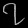
Digit: ၇